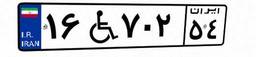
۹۰W۴۲۶۹۸